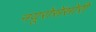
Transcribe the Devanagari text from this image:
नयूरोसेंसोरी